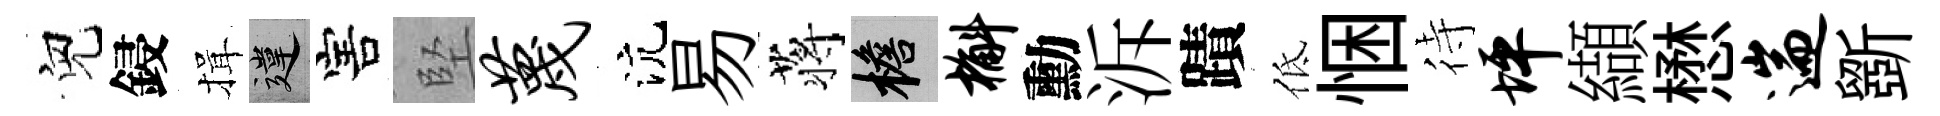
兒鋟揖違害堅蔑沆易蒋檐槲勳泝蹟低悃待坪纈懋遄斵